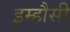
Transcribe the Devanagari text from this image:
इम्हौसी